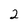
Character: 2